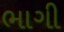
ભાગી